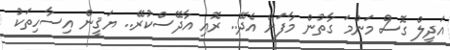
އަދީލް ގޮސް މަންމަ ގާތުން މާފަށް އެދޭ.. ރޮއި އާދޭސްކުރޭ.. ޔަޤީން އިސާހިތަކު